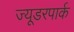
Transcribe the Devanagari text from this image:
ज्यूडरपार्क